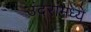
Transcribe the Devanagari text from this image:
उंदरांमध्ये